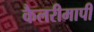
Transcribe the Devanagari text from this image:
कैलरीमापी